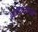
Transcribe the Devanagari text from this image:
थोगजाओ